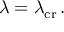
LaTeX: \lambda = \lambda _ { \mathrm { c r } } \, .